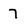
Character: 7